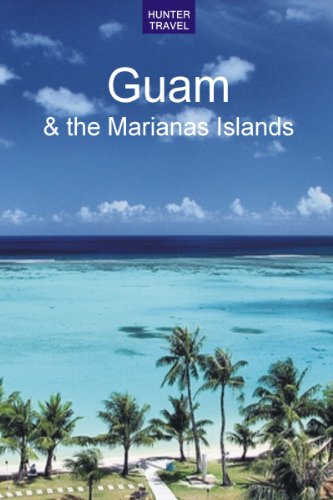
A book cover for Guam & the Marianas Islands (Travel Adventures); Thomas Booth; Travel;